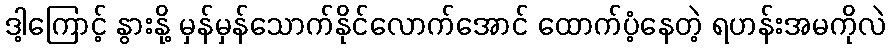
ဒါ့ကြောင့် နွားနို့ မှန်မှန်သောက်နိုင်လောက်အောင် ထောက်ပံ့နေတဲ့ ရဟန်းအမကိုလဲ